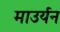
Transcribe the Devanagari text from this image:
माउर्यन